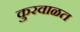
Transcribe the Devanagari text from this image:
कुरवाळत